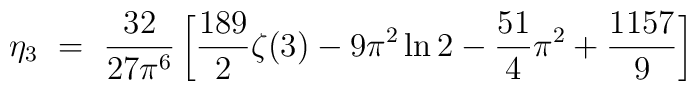
\eta_3 ~=~ \frac{32}{27\pi^6} \left[ \frac{189}{2}\zeta(3) - 9\pi^2 \ln 2- \frac{51}{4}\pi^2 + \frac{1157}{9} \right]